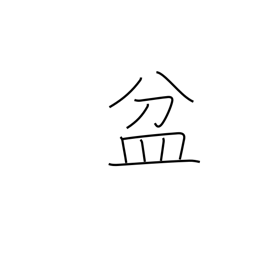
Meaning: basin